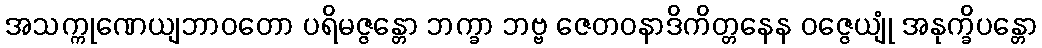
အသက္ကုဏေယျဘာဝတော ပရိမဇ္ဇန္တော ဘက္ခာ ဘဗ္ဗ ဇေတဝနာဒိကိတ္တနေန ဝဇ္ဇေယျုံ အနုက္ခိပန္တော